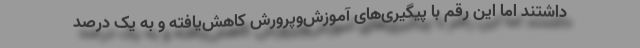
داشتند اما این رقم با پیگیری‌های آموزش‌وپرورش کاهش‌یافته و به یک درصد